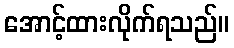
အောင့်ထားလိုက်ရသည်။